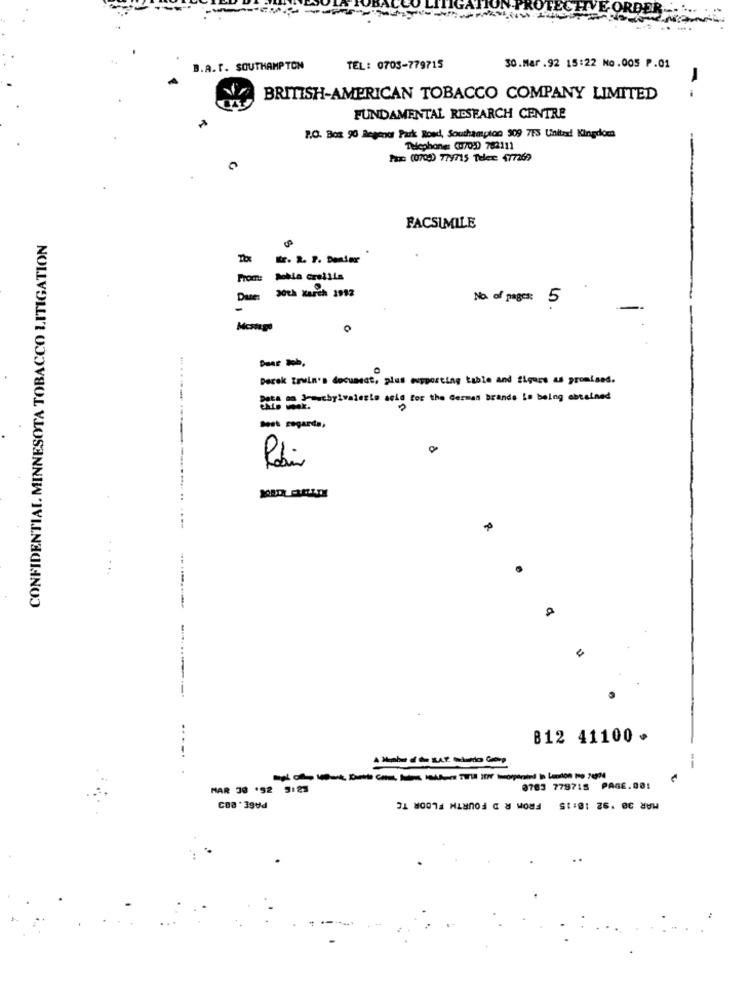
B.A.T. SOUTHAMPTON
TEL: 0703-779715
30.Mar .92 15:22 No.005 P.01
BRITISH-AMERICAN TOBACCO COMPANY LIMITED
- -
FUNDAMENTAL RESEARCH CENTRE
P.O. Box 90 Regents Park Road, Southampton 909 7F3 United Kingdom
Telephone: (070:) 782111
Fax: (0704) 779715 Telex: 477269
FACSIMILE
CONFIDENTIAL. MINNESOTA TOBACCO LITIGATION
PromE
Bobla creliis
30th March 1992
Date:
No. of pages: 5
-
Mcstage
Derek Towin's document, plus muyporting table and figure as promised.
Stevebylvalesls acid for the German Brands is being obtained
Best regards,
--------
..... ..
-----
B12 41100 .
--
MAR 30 '92 9:23
3783 779718 PAGE.001
MAR 38 '92 18:15 FROM R D FOURTH FLOOR TE